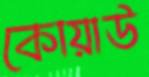
কোয়াউ